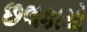
છલકાયો